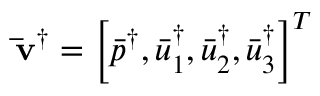
{ { { \bf { \bar { v } } ^ { \dag } } } } = { \left[ { \bar { p } ^ { \dag } , \bar { u } _ { 1 } ^ { \dag } , \bar { u } _ { 2 } ^ { \dag } , \bar { u } _ { 3 } ^ { \dag } } \right] ^ { T } }